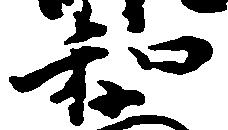
和